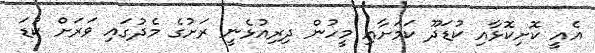
އެއީ ކޮށިކޮޅާއި ކުޑަދޫ ކަމަށާއި މީހުން ދިރިއުޅެނީ ރަށުގެ މެދުގައި ވަރަށް ކުޑަ